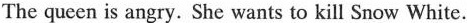
The queen is angry. She wants to kill Snow White.